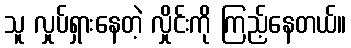
သူ လှုပ်ရှားနေတဲ့ လှိုင်းကို ကြည့်နေတယ်။